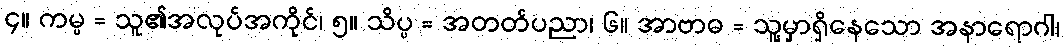
၄။ ကမ္မ = သူ၏အလုပ်အကိုင်၊ ၅။ သိပ္ပ = အတတ်ပညာ၊ ၆။ အာဗာဓ = သူ့မှာရှိနေသော အနာရောဂါ၊